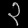
Digit: ၃